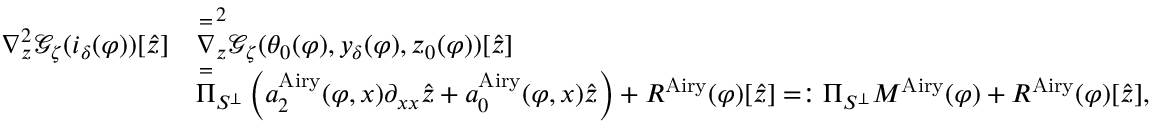
\begin{array} { r l } { \nabla _ { z } ^ { 2 } \mathcal { G } _ { \zeta } ( i _ { \delta } ( \varphi ) ) [ \hat { z } ] } & { \overset = \nabla _ { z } ^ { 2 } \mathcal { G } _ { \zeta } ( \theta _ { 0 } ( \varphi ) , y _ { \delta } ( \varphi ) , z _ { 0 } ( \varphi ) ) [ \hat { z } ] } \\ & { \overset = \Pi _ { S ^ { \perp } } \left( a _ { 2 } ^ { \mathrm { A i r y } } ( \varphi , x ) \partial _ { x x } \hat { z } + a _ { 0 } ^ { \mathrm { A i r y } } ( \varphi , x ) \hat { z } \right) + R ^ { \mathrm { A i r y } } ( \varphi ) [ \hat { z } ] = : \Pi _ { S ^ { \perp } } M ^ { \mathrm { A i r y } } ( \varphi ) + R ^ { \mathrm { A i r y } } ( \varphi ) [ \hat { z } ] , } \end{array}